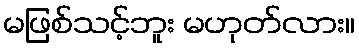
မဖြစ်သင့်ဘူး မဟုတ်လား။